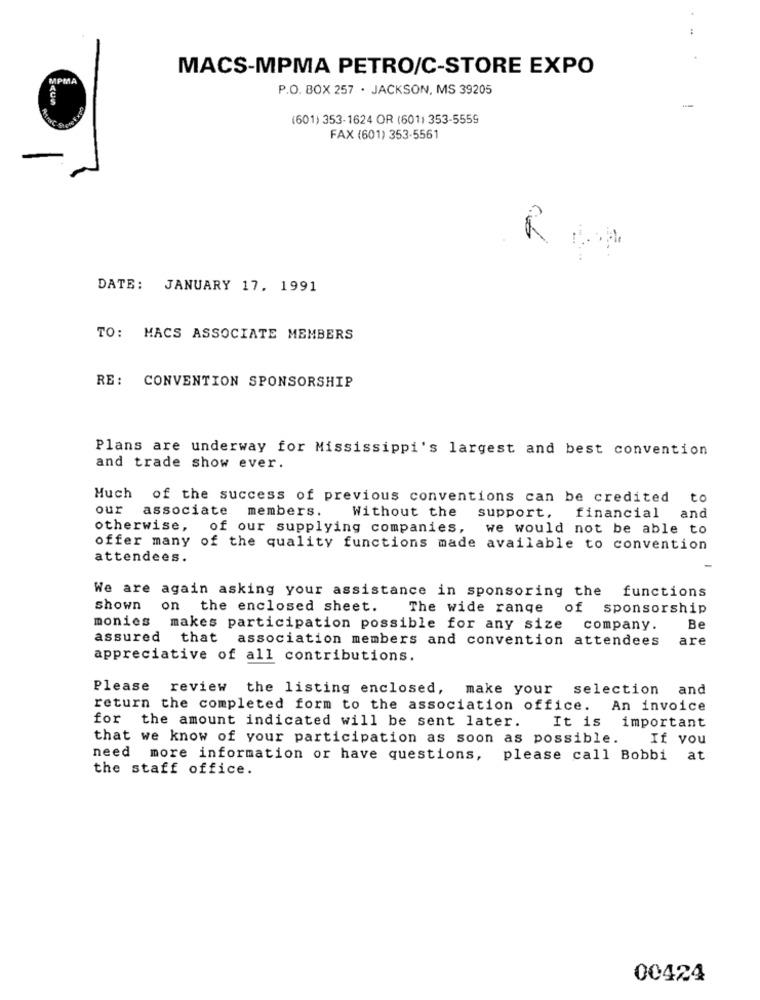
MACS-MPMA PETRO/C-STORE EXPO
P.O. BOX 257 . JACKSON, MS 39205
(601) 353-1624 OR (601) 353-5559
FAX (601) 353-5561
DATE: JANUARY 17, 1991
TO: MACS ASSOCIATE MEMBERS
RE: CONVENTION SPONSORSHIP
Plans are underway for Mississippi's largest and best convention
and trade show ever.
Huch
of the success of previous conventions can be credited to
our
associate members.
Without the
support, financial and
otherwise, of our supplying companies,
we would not be able to
offer many of the quality functions made available to convention
attendees.
We are again asking your assistance in sponsoring the functions
shown on the enclosed sheet.
The wide range of sponsorship
monies makes participation possible for any size company.
Be
assured
that association members and convention attendees
are
appreciative of all contributions.
Please review the listing enclosed, make your selection and
return the completed form to the association office. An invoice
for the amount indicated will be sent later.
It is important
that we know of your participation as soon as possible.
If you
need more information or have questions,
please call Bobbi at
the staff office.
00424